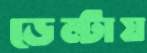
ডেল্টায়